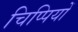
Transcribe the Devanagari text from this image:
चिप्पियों